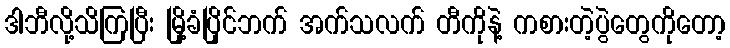
ဒါဘီလို့သိကြပြီး မြို့ခံပြိုင်ဘက် အက်သလက် တီကိုနဲ့ ကစားတဲ့ပွဲတွေကိုတော့